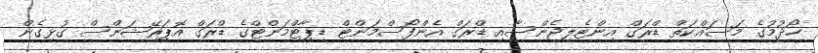
ހޯދުމުގެ މަސައްކަތް ޑްރަގް އިންޓެލިޖެންސާއި ޑްރަގް އެންފޯސްމަންޓް ޑިޕާޓްމަންޓްގެ ޑްރަގް އޮޕަރޭޝަންސް ގުޅިގެން